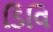
ડિવિ